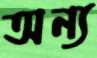
অন্য